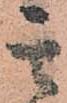
其